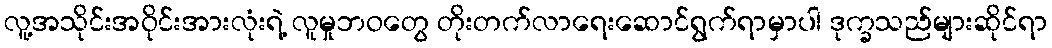
လူ့အသိုင်းအဝိုင်းအားလုံးရဲ့ လူမှုဘဝတွေ တိုးတက်လာရေးဆောင်ရွက်ရာမှာပါ ဒုက္ခသည်များဆိုင်ရာ